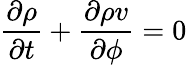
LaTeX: \frac{\partial\rho}{\partial t}+\frac{\partial\rho v}{\partial\phi}=0